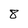
Character: 8